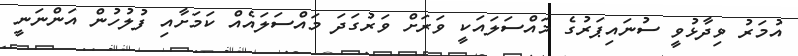
އުމަރު ވިދާޅުވީ ސުނައިޕަރުގެ މައްސަލައަކީ ވަރަށް ވަރުގަދަ މައްސަލައެއް ކަމަށާއި ފުލުހުން އަންނަނީ